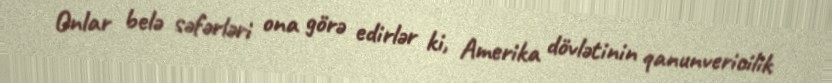
Onlar belə səfərləri ona görə edirlər ki, Amerika dövlətinin qanunvericilik